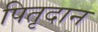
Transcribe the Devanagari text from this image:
पितृदान